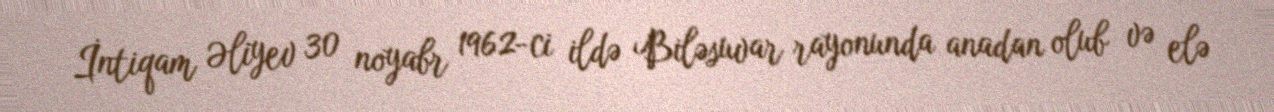
İntiqam Əliyev 30 noyabr 1962-ci ildə Biləsuvar rayonunda anadan olub və elə